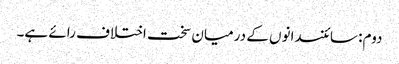
دوم: سائنسدانوں کے درمیان سخت اختلاف رائے ہے۔